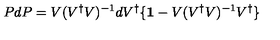
P d P = V ( V ^ { \dagger } V ) ^ { - 1 } d V ^ { \dagger } \{ { \bf 1 } - V ( V ^ { \dagger } V ) ^ { - 1 } V ^ { \dagger } \}